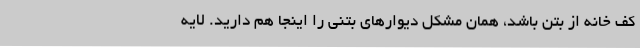
کف خانه از بتن باشد، همان مشکل دیوارهای بتنی را اینجا هم دارید. لایه